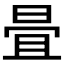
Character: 𣆹